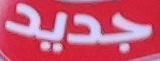
جديد